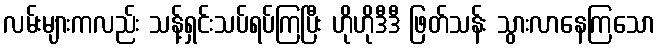
လမ်းများကလည်း သန့်ရှင်းသပ်ရပ်ကြပြီး ဟိုဟိုဒီဒီ ဖြတ်သန်း သွားလာနေကြသော